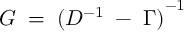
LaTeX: G \; = \; { ( D ^ { - 1 } \; - \; \Gamma ) } ^ { - 1 } \;